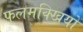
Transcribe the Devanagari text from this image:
फलमक्खियों